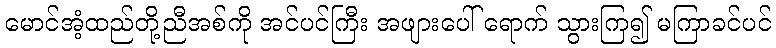
မောင်အံ့ထည်တို့ညီအစ်ကို အင်ပင်ကြီး အဖျားပေါ် ရောက် သွားကြ၍ မကြာခင်ပင်